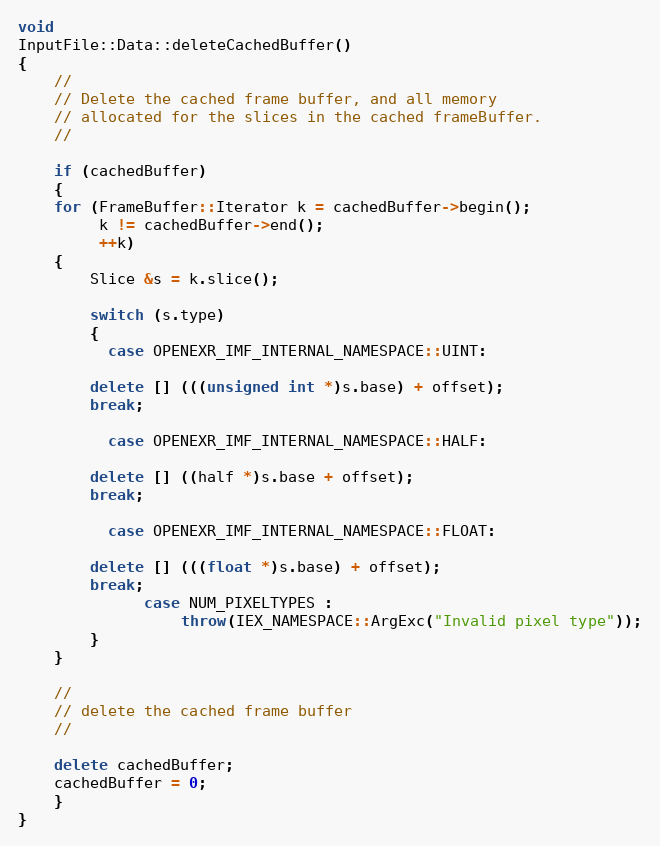
Language: C++
void
InputFile::Data::deleteCachedBuffer()
{
    //
    // Delete the cached frame buffer, and all memory
    // allocated for the slices in the cached frameBuffer.
    //

    if (cachedBuffer)
    {
	for (FrameBuffer::Iterator k = cachedBuffer->begin();
	     k != cachedBuffer->end();
	     ++k)
	{
	    Slice &s = k.slice();

	    switch (s.type)
	    {
	      case OPENEXR_IMF_INTERNAL_NAMESPACE::UINT:

		delete [] (((unsigned int *)s.base) + offset);
		break;

	      case OPENEXR_IMF_INTERNAL_NAMESPACE::HALF:

		delete [] ((half *)s.base + offset);
		break;

	      case OPENEXR_IMF_INTERNAL_NAMESPACE::FLOAT:

		delete [] (((float *)s.base) + offset);
		break;
              case NUM_PIXELTYPES :
                  throw(IEX_NAMESPACE::ArgExc("Invalid pixel type"));
	    }
	}

	//
	// delete the cached frame buffer
	//

	delete cachedBuffer;
	cachedBuffer = 0;
    }
}